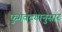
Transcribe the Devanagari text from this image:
फुगवट्यानुसार